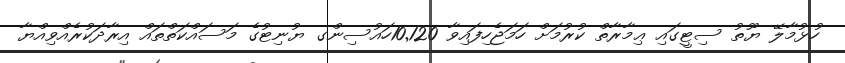
ހުޅުމާލޭ ޔޫތު ސިޓީގައި ޢިމާރާތް ކުރުމަށް ހަމަޖެހިފައިވާ 10